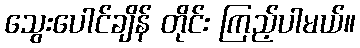
သွေးပေါင်ချိန် တိုင်း ကြည့်ပါမယ်။